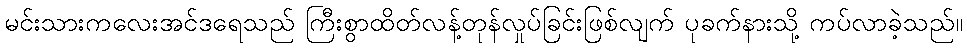
မင်းသားကလေးအင်ဒရေသည် ကြီးစွာထိတ်လန့်တုန်လှုပ်ခြင်းဖြစ်လျက် ပုခက်နားသို့ ကပ်လာခဲ့သည်။